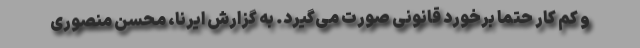
و کم کار حتما برخورد قانونی صورت می‌گیرد. به گزارش ایرنا، محسن منصوری